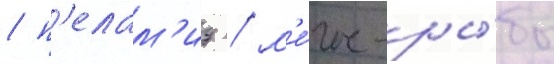
/ п'елам'ид / м'е́ч-ры́бы